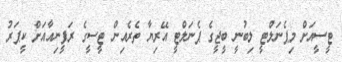
ޓީސީއަށް މިޕެނަލްޓީ ލިބުނީ ބީޖީގެ ޕެނަލްޓީ އޭރިޔާ ތެރެއިން ޓީސީގެ ރަފީނިއާއަށް ކީޕަރު